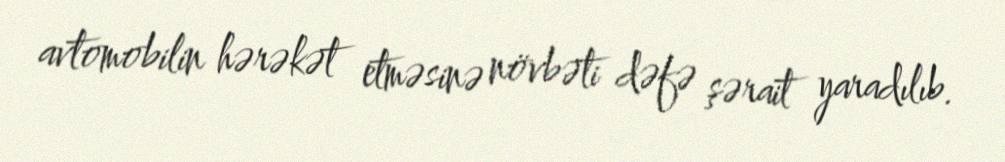
avtomobilin hərəkət etməsinə növbəti dəfə şərait yaradılıb.